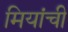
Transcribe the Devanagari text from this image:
मियांची